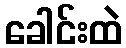
ခေါင်းထဲ